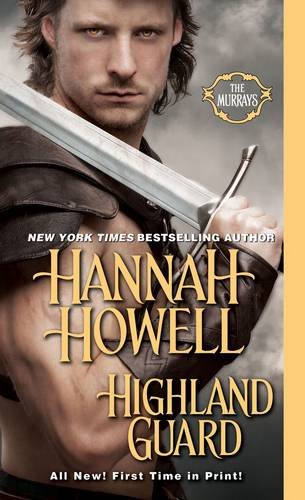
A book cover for Highland Guard (The Murrays); Hannah Howell; Romance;